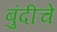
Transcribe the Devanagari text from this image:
बुंदीचे